On the morphology, teratology, and diclinism of the flowers of cannabis - Number 12
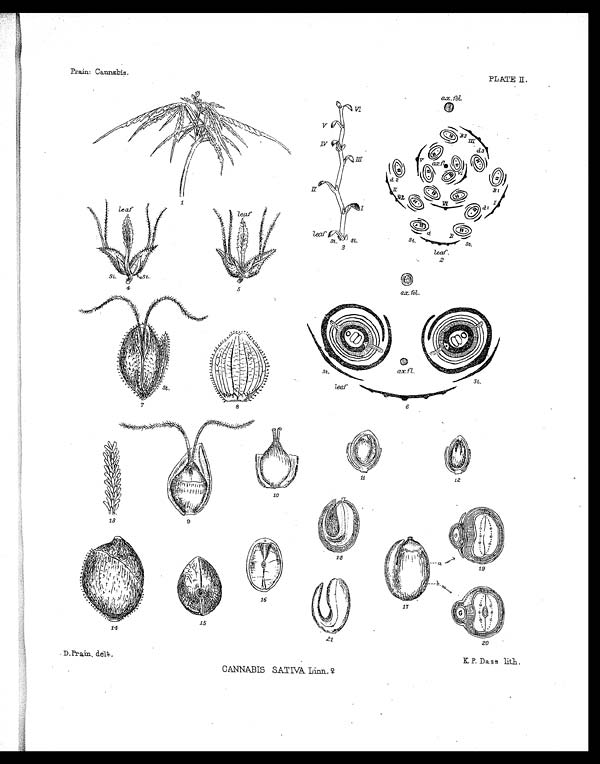
PLATE II.
D . Prain. delt.
K. P. Dass lith.
CANNABIS SATIVA Linn. ♀